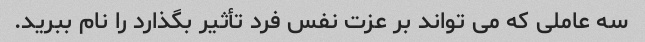
سه عاملی که می تواند بر عزت نفس فرد تأثیر بگذارد را نام ببرید.